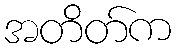
အတိတ်က